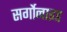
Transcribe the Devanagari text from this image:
सर्गोनाइड